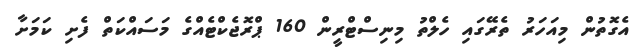
އެގޮތުން މިއަހަރު ތެރޭގައި ހެލްތު މިނިސްޓްރީން 160 ޕްރޮޖެކްޓެއްގެ މަސައްކަތް ފެށި ކަމަށާ